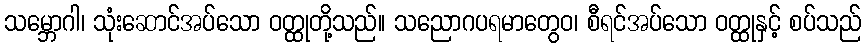
သမ္ဘောဂါ၊ သုံးဆောင်အပ်သော ဝတ္ထုတို့သည်။ သညောဂပရမာတွေဝ၊ စီရင်အပ်သော ဝတ္ထုနှင့် စပ်သည်